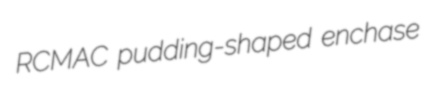
RCMAC pudding-shaped enchase